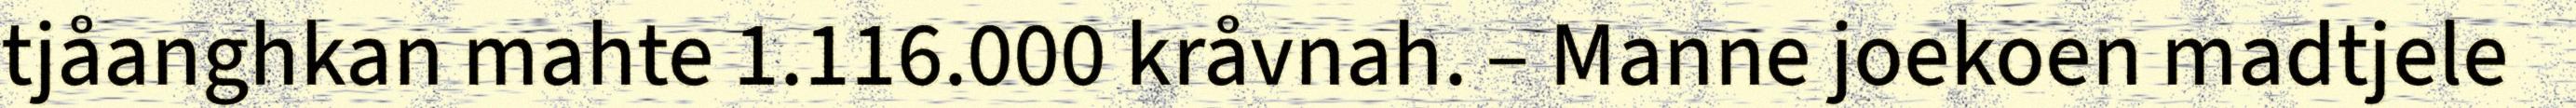
tjåanghkan mahte 1.116.000 kråvnah. – Manne joekoen madtjele